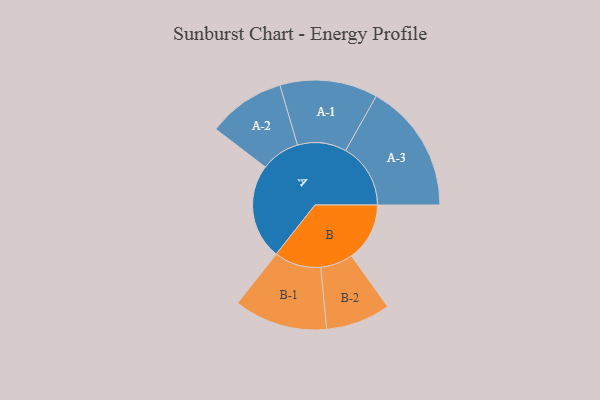
{"axis": {"x": "Segment", "y": "Value"}, "legend": ["", "A", "B"], "data": [{"x": "A", "y": 398, "type": ""}, {"x": "B", "y": 243, "type": ""}, {"x": "A-1", "y": 204, "type": "A"}, {"x": "A-2", "y": 162, "type": "A"}, {"x": "A-3", "y": 271, "type": "A"}, {"x": "B-1", "y": 195, "type": "B"}, {"x": "B-2", "y": 135, "type": "B"}]}